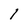
Character: 1